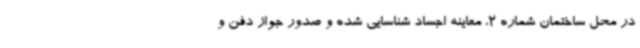
در محل ساختمان شماره 2، معاینه اجساد شناسایی شده و صدور جواز دفن و